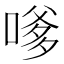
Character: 嗲